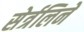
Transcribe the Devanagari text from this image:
सेर्त्रलिने